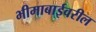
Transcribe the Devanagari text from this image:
भीमाबाईवरील